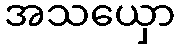
အသယှော